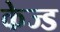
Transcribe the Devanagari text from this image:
केज्ड